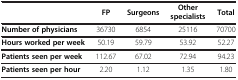
<table><thead><tr><td><b> </b></td><td><b>FP</b></td><td><b>Surgeons</b></td><td><b>Other specialists</b></td><td><b>Total</b></td></tr></thead><tbody><tr><td><b>Number of physicians</b></td><td>36730</td><td>6854</td><td>25116</td><td>70700</td></tr><tr><td><b>Hours worked per week</b></td><td>50.19</td><td>59.79</td><td>53.92</td><td>52.27</td></tr><tr><td><b>Patients seen per week</b></td><td>112.67</td><td>67.02</td><td>72.94</td><td>94.23</td></tr><tr><td><b>Patients seen per hour</b></td><td>2.20</td><td>1.12</td><td>1.35</td><td>1.80</td></tr></tbody></table>